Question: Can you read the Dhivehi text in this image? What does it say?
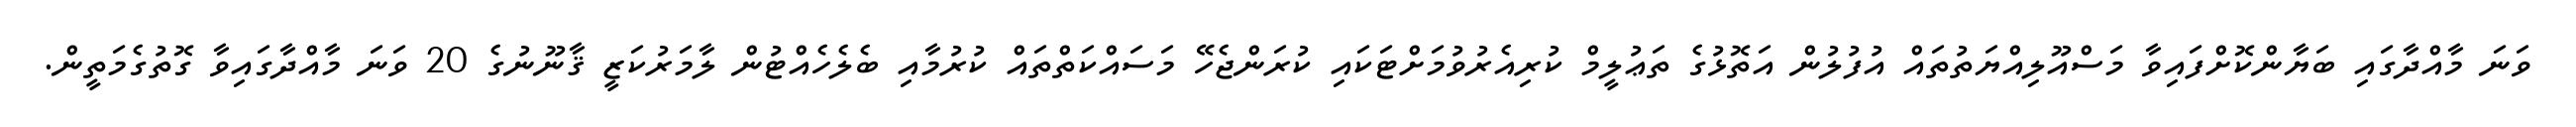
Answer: ވަނަ މާއްދާގައި ބަޔާންކޮށްފައިވާ މަސްއޫލިއްޔަތުތައް އުފުލުން އަތޮޅުގެ ތަޢުލީމް ކުރިއެރުވުމަށްޓަކައި ކުރަންޖެހޭ މަސައްކަތްތައް ކުރުމާއި ބެލެހެއްޓުން ލާމަރުކަޒީ ޤާނޫނުގެ 20 ވަނަ މާއްދާގައިވާ ގޮތުގެމަތީން.